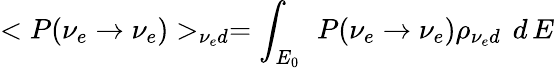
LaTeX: <P(\nu_{e}\to\nu_{e})>_{\nu_{e}d}=\int_{E_{0}}\, ~P(\nu_{e}\to\nu_{e})\rho_{\nu_{e}d}\, ~d\, E